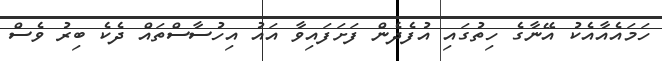
ހަމައެއާއެކު އޭނާގެ ހިތުގައި އުފެދެން ފަށަފައިވާ އައު އިހުސާސްތައް ދެކެ ބިރު ވެސް